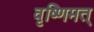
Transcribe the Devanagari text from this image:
वृष्णिमत्